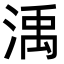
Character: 渪